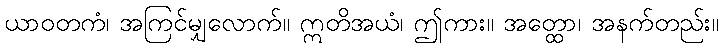
ယာဝတကံ၊ အကြင်မျှလောက်။ ဣတိအယံ၊ ဤကား။ အတ္ထော၊ အနက်တည်း။